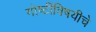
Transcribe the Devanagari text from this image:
गोष्टींविषयीचे